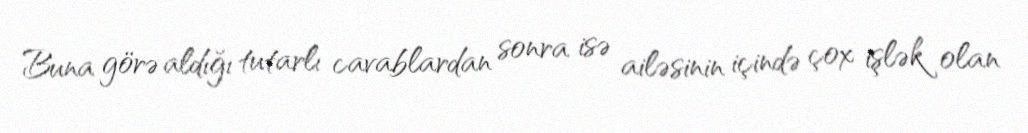
Buna görə aldığı tutarlı cavablardan sonra isə ailəsinin içində çox işlək olan